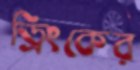
ড্রিংকের